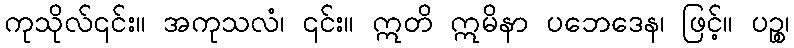
ကုသိုလ်၎င်း။ အကုသလံ၊ ၎င်း။ ဣတိ ဣမိနာ ပဘေဒေန၊ ဖြင့်။ ပဉ္စ၊